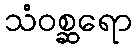
သံဝစ္ဆရော